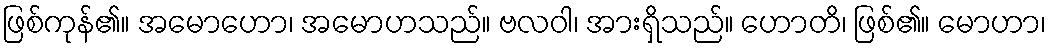
ဖြစ်ကုန်၏။ အမောဟော၊ အမောဟသည်။ ဗလဝါ၊ အားရှိသည်။ ဟောတိ၊ ဖြစ်၏။ မောဟာ၊